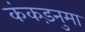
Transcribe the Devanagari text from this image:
कंकड़नुमा